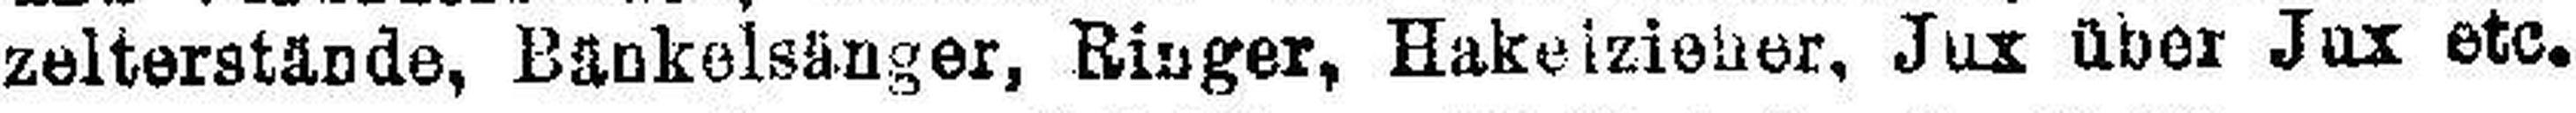
zelterstände, Bänkelsänger, Ringer, Hakeizie###er, Jux über Jux etc.